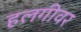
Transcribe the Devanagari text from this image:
हलगीवर